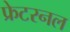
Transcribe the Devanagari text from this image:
फ्रेटरनल